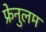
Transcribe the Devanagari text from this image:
फ्रेनुलम